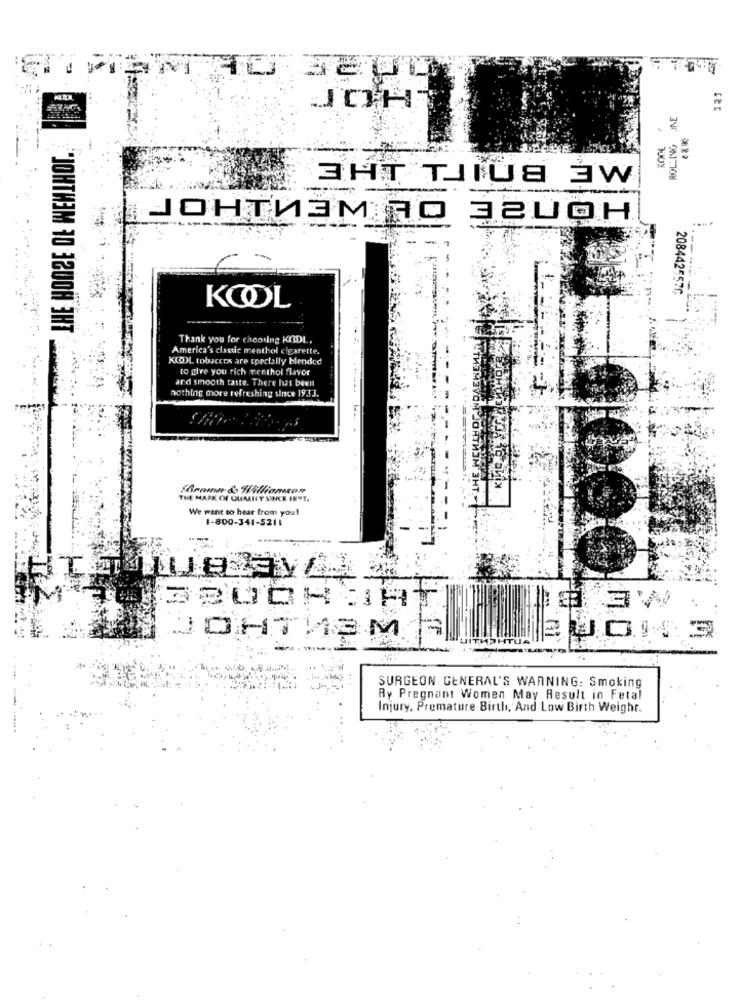
---
JOH
ROLLING JNE
3HT TIUS 3W
PJOHTИЗМ до 3200H
2084425576
KOOL
"JOHTHIM 10 3200H 3HT
Thank you for chooding KCDL,
America's clastic menthol cigarette.
K(O)L tobaccox are specially blended
to give you rich menthol flavor
and smooth taste. There has been
nothing more refreshing since 1933.
THE MARK OF OUMILY SINCE INPT.
We want to hear from you!
1-800-341-5211
HTML
BUONOHT
3M
SURGEON GENERAL'S WARNING: Smoking
Ry Pregnant Women May Result in Fetal
Injury, Premature Birth, And Low Birth Weight.